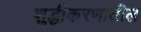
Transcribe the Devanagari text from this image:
शुद्घीकरणातील